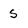
Character: s